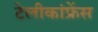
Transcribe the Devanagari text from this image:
टेलीकांफ्रेंस